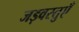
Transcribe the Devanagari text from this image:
जड़वस्तुएँ